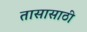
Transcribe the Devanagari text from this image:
तासासाठी